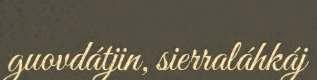
guovdátjin, sierraláhkáj